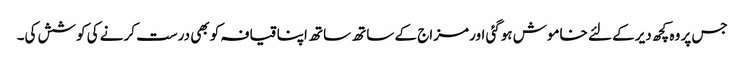
جس پر وہ کچھ دیرکے لئے خاموش ہوگئی اور مزاج کے ساتھ ساتھ اپنا قیافہ کو بھی درست کرنے کی کوشش کی۔